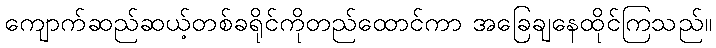
ကျောက်ဆည်ဆယ့်တစ်ခရိုင်ကိုတည်ထောင်ကာ အခြေချနေထိုင်ကြသည်။